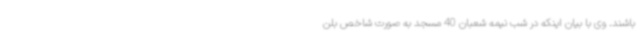
باشند. وی با بیان اینکه در شب نیمه شعبان 40 مسجد به صورت شاخص بلن